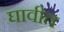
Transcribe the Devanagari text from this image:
घावीत